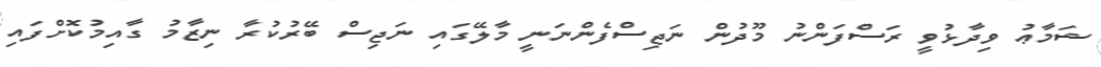
ޝަމާޢު ވިދާޅުވީ ރަސްފަންނު މޫދުން ނަޖިސްފެންނަނީ މާލޭގައި ނަޖިސް ބޭރުކުރާ ނިޒާމު ގާއިމުކޮށްފައި